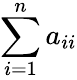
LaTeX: \sum\limits_{i=1}^{n}a_{ii}